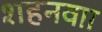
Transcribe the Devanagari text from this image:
शहनवाा